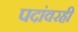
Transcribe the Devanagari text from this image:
पदांवरही